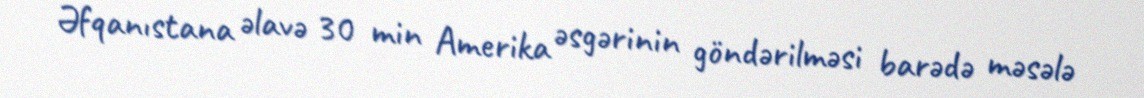
Əfqanıstana əlavə 30 min Amerika əsgərinin göndərilməsi barədə məsələ